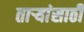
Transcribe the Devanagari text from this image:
ताऱ्यांसाठी